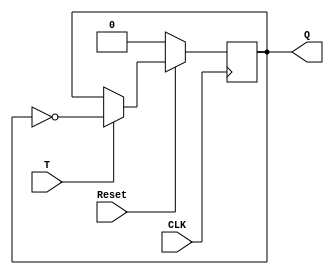
`timescale 1ns / 1ps

module t_flipflop(CLK, Reset, T, Q);

// Define external wires
input CLK;
input Reset;
input T;
output reg[0:0] Q;

always @(negedge CLK)
    if(!Reset)
        Q <= 1'b0;
    else if (T)
        Q <= ~Q;

endmodule